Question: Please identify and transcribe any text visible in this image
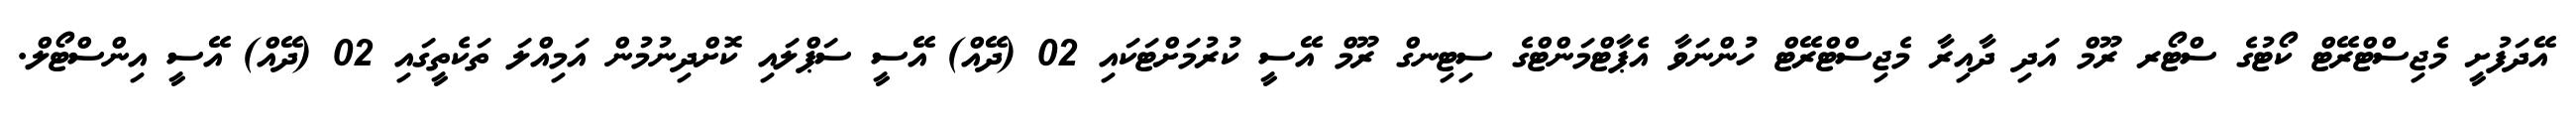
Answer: އޭދަފުށީ މެޖިސްޓްރޭޓް ކޯޓުގެ ސްޓޯރ ރޫމް އަދި ދާއިރާ މެޖިސްޓްރޭޓް ހުންނަވާ އެޕާޓްމަންޓްގެ ސިޓިނގް ރޫމް އޭސީ ކުރުމަށްޓަކައި 02 (ދޭއް) އޭސީ ސަޕްލައި ކޮށްދިނުމުން އަމިއްލަ ތަކެތީގައި 02 (ދޭއް) އޭސީ އިންސްޓޯލް.